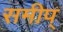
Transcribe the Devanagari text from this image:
समीप्